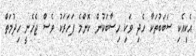
އެކިއެކި ސަބަބުތަކާ ހެދި ވަކި ހިސާބަކުން ކޮންމެ ފަހަރަކު ވެސް ޖެހެނީ ހިދުމަތް